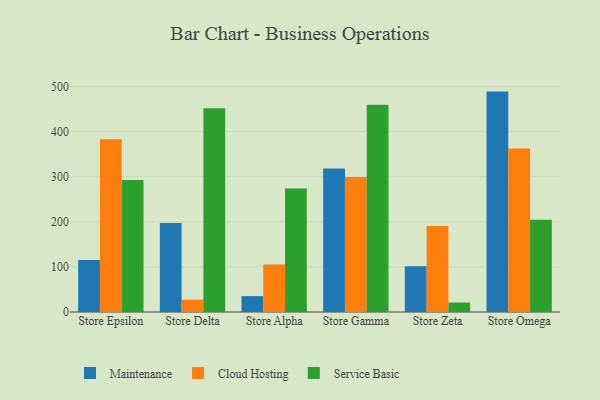
{"axis": {"x": "Store", "y": "Conversion Rate (%)"}, "legend": ["Cloud Hosting", "Maintenance", "Service Basic"], "data": [{"x": "Store Epsilon", "y": 115.5, "type": "Maintenance"}, {"x": "Store Epsilon", "y": 383.2, "type": "Cloud Hosting"}, {"x": "Store Epsilon", "y": 292.9, "type": "Service Basic"}, {"x": "Store Delta", "y": 197.2, "type": "Maintenance"}, {"x": "Store Delta", "y": 27.2, "type": "Cloud Hosting"}, {"x": "Store Delta", "y": 451.6, "type": "Service Basic"}, {"x": "Store Alpha", "y": 35.2, "type": "Maintenance"}, {"x": "Store Alpha", "y": 105.3, "type": "Cloud Hosting"}, {"x": "Store Alpha", "y": 273.6, "type": "Service Basic"}, {"x": "Store Gamma", "y": 318.3, "type": "Maintenance"}, {"x": "Store Gamma", "y": 299.5, "type": "Cloud Hosting"}, {"x": "Store Gamma", "y": 459.7, "type": "Service Basic"}, {"x": "Store Zeta", "y": 101.5, "type": "Maintenance"}, {"x": "Store Zeta", "y": 190.8, "type": "Cloud Hosting"}, {"x": "Store Zeta", "y": 21.0, "type": "Service Basic"}, {"x": "Store Omega", "y": 488.7, "type": "Maintenance"}, {"x": "Store Omega", "y": 362.7, "type": "Cloud Hosting"}, {"x": "Store Omega", "y": 204.3, "type": "Service Basic"}]}